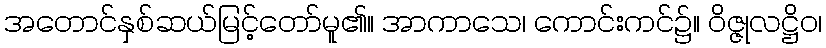
အတောင်နှစ်ဆယ်မြင့်တော်မူ၏။ အာကာသေ၊ ကောင်းကင်၌။ ဝိဇ္ဇုလဋ္ဌိဝ၊